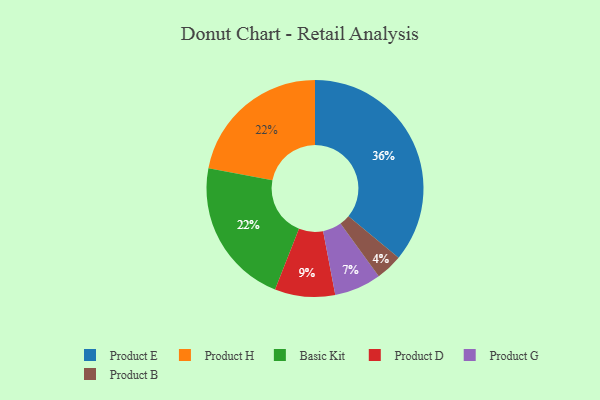
{"axis": {"x": "Category", "y": "Percentage"}, "legend": ["Basic Kit", "Product B", "Product D", "Product E", "Product G", "Product H"], "data": [{"x": "Product H", "y": 22, "type": "Product H"}, {"x": "Product B", "y": 4, "type": "Product B"}, {"x": "Product G", "y": 7, "type": "Product G"}, {"x": "Product D", "y": 9, "type": "Product D"}, {"x": "Basic Kit", "y": 22, "type": "Basic Kit"}, {"x": "Product E", "y": 36, "type": "Product E"}]}